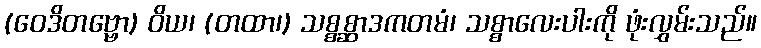
(ဝေဒိတဗ္ဗော) ဝိယ၊ (တထာ၊) သစ္စစ္ဆာဒကတမံ၊ သစ္စာလေးပါးကို ဖုံးလွှမ်းသည်။